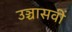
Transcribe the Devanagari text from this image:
उञ्चासवीं